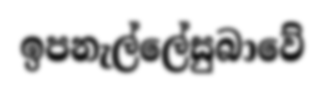
ඉපනැල්ලේසුබාවේ